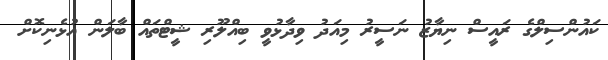
ކައުންސިލްގެ ރައީސް ނިޔާޒު ނަސީރު މިއަދު ވިދާޅުވީ ބިއްލޫރި ޝީޓްތައް ބާލަން އުޅެނިކޮށް